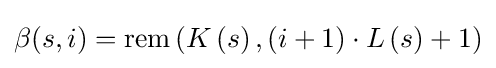
\beta (s,i)=\mathrm {rem} \left(K\left(s\right),\left(i+1\right)\cdot L\left(s\right)+1\right)